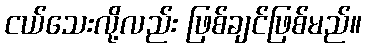
ငယ်သေးလို့လည်း ဖြစ်ချင်ဖြစ်မည်။